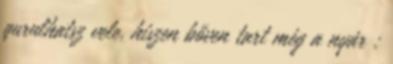
gurulhatsz vele, hiszen bőven tart még a nyár :